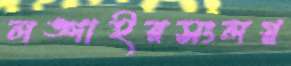
লঙ্গাইরসংলগ্ন